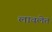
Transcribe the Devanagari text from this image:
लावलेत